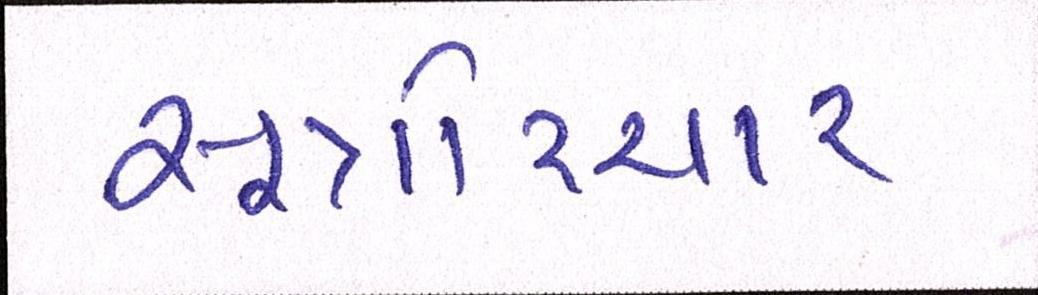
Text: સૂત્રોચ્ચાર